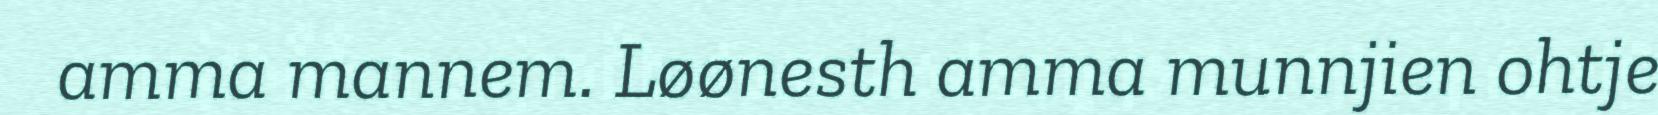
amma mannem. Løønesth amma munnjien ohtje